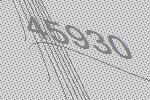
45930